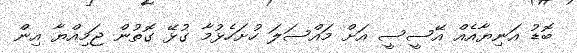
ބޮޑު އަނިޔާއެއް އޭސީސީ އަށް މައްސަލަ ހުށަހެޅުމާ ގުޅޭ ގޮތުން ޖަމިއްޔާ އިން